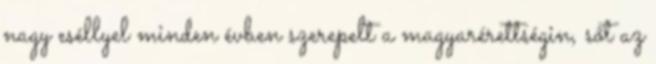
nagy eséllyel minden évben szerepelt a magyarérettségin, sőt az